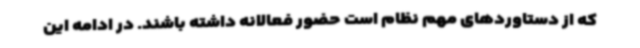
که از دستاوردهای مهم نظام است حضور فعالانه داشته باشند. در ادامه این